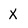
Character: x